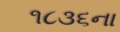
૧૮૩૬ના